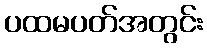
ပထမပတ်အတွင်း